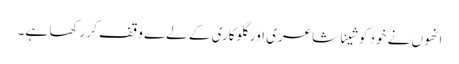
انھوں نے خود کو شینا شاعری اور گلوکاری کے لےے وقف کر رکھا ہے۔